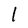
Character: l